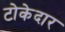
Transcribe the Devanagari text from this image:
टोकेदार